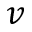
v